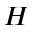
H